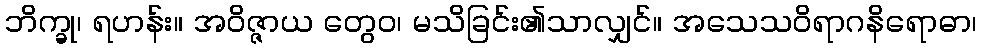
ဘိက္ခု၊ ရဟန်း။ အဝိဇ္ဇာယ တွေဝ၊ မသိခြင်း၏သာလျှင်။ အသေသဝိရာဂနိရောဓာ၊